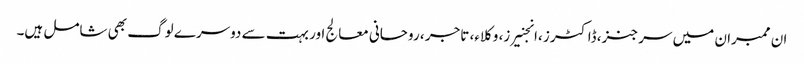
ان ممبران میں سرجنز، ڈاکٹرز ،انجنیرز، وکلاء، تاجر ، روحانی معالج اور بہت سے دوسرے لوگ بھی شامل ہیں۔